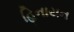
હિનાયન